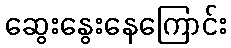
ဆွေးနွေးနေကြောင်း